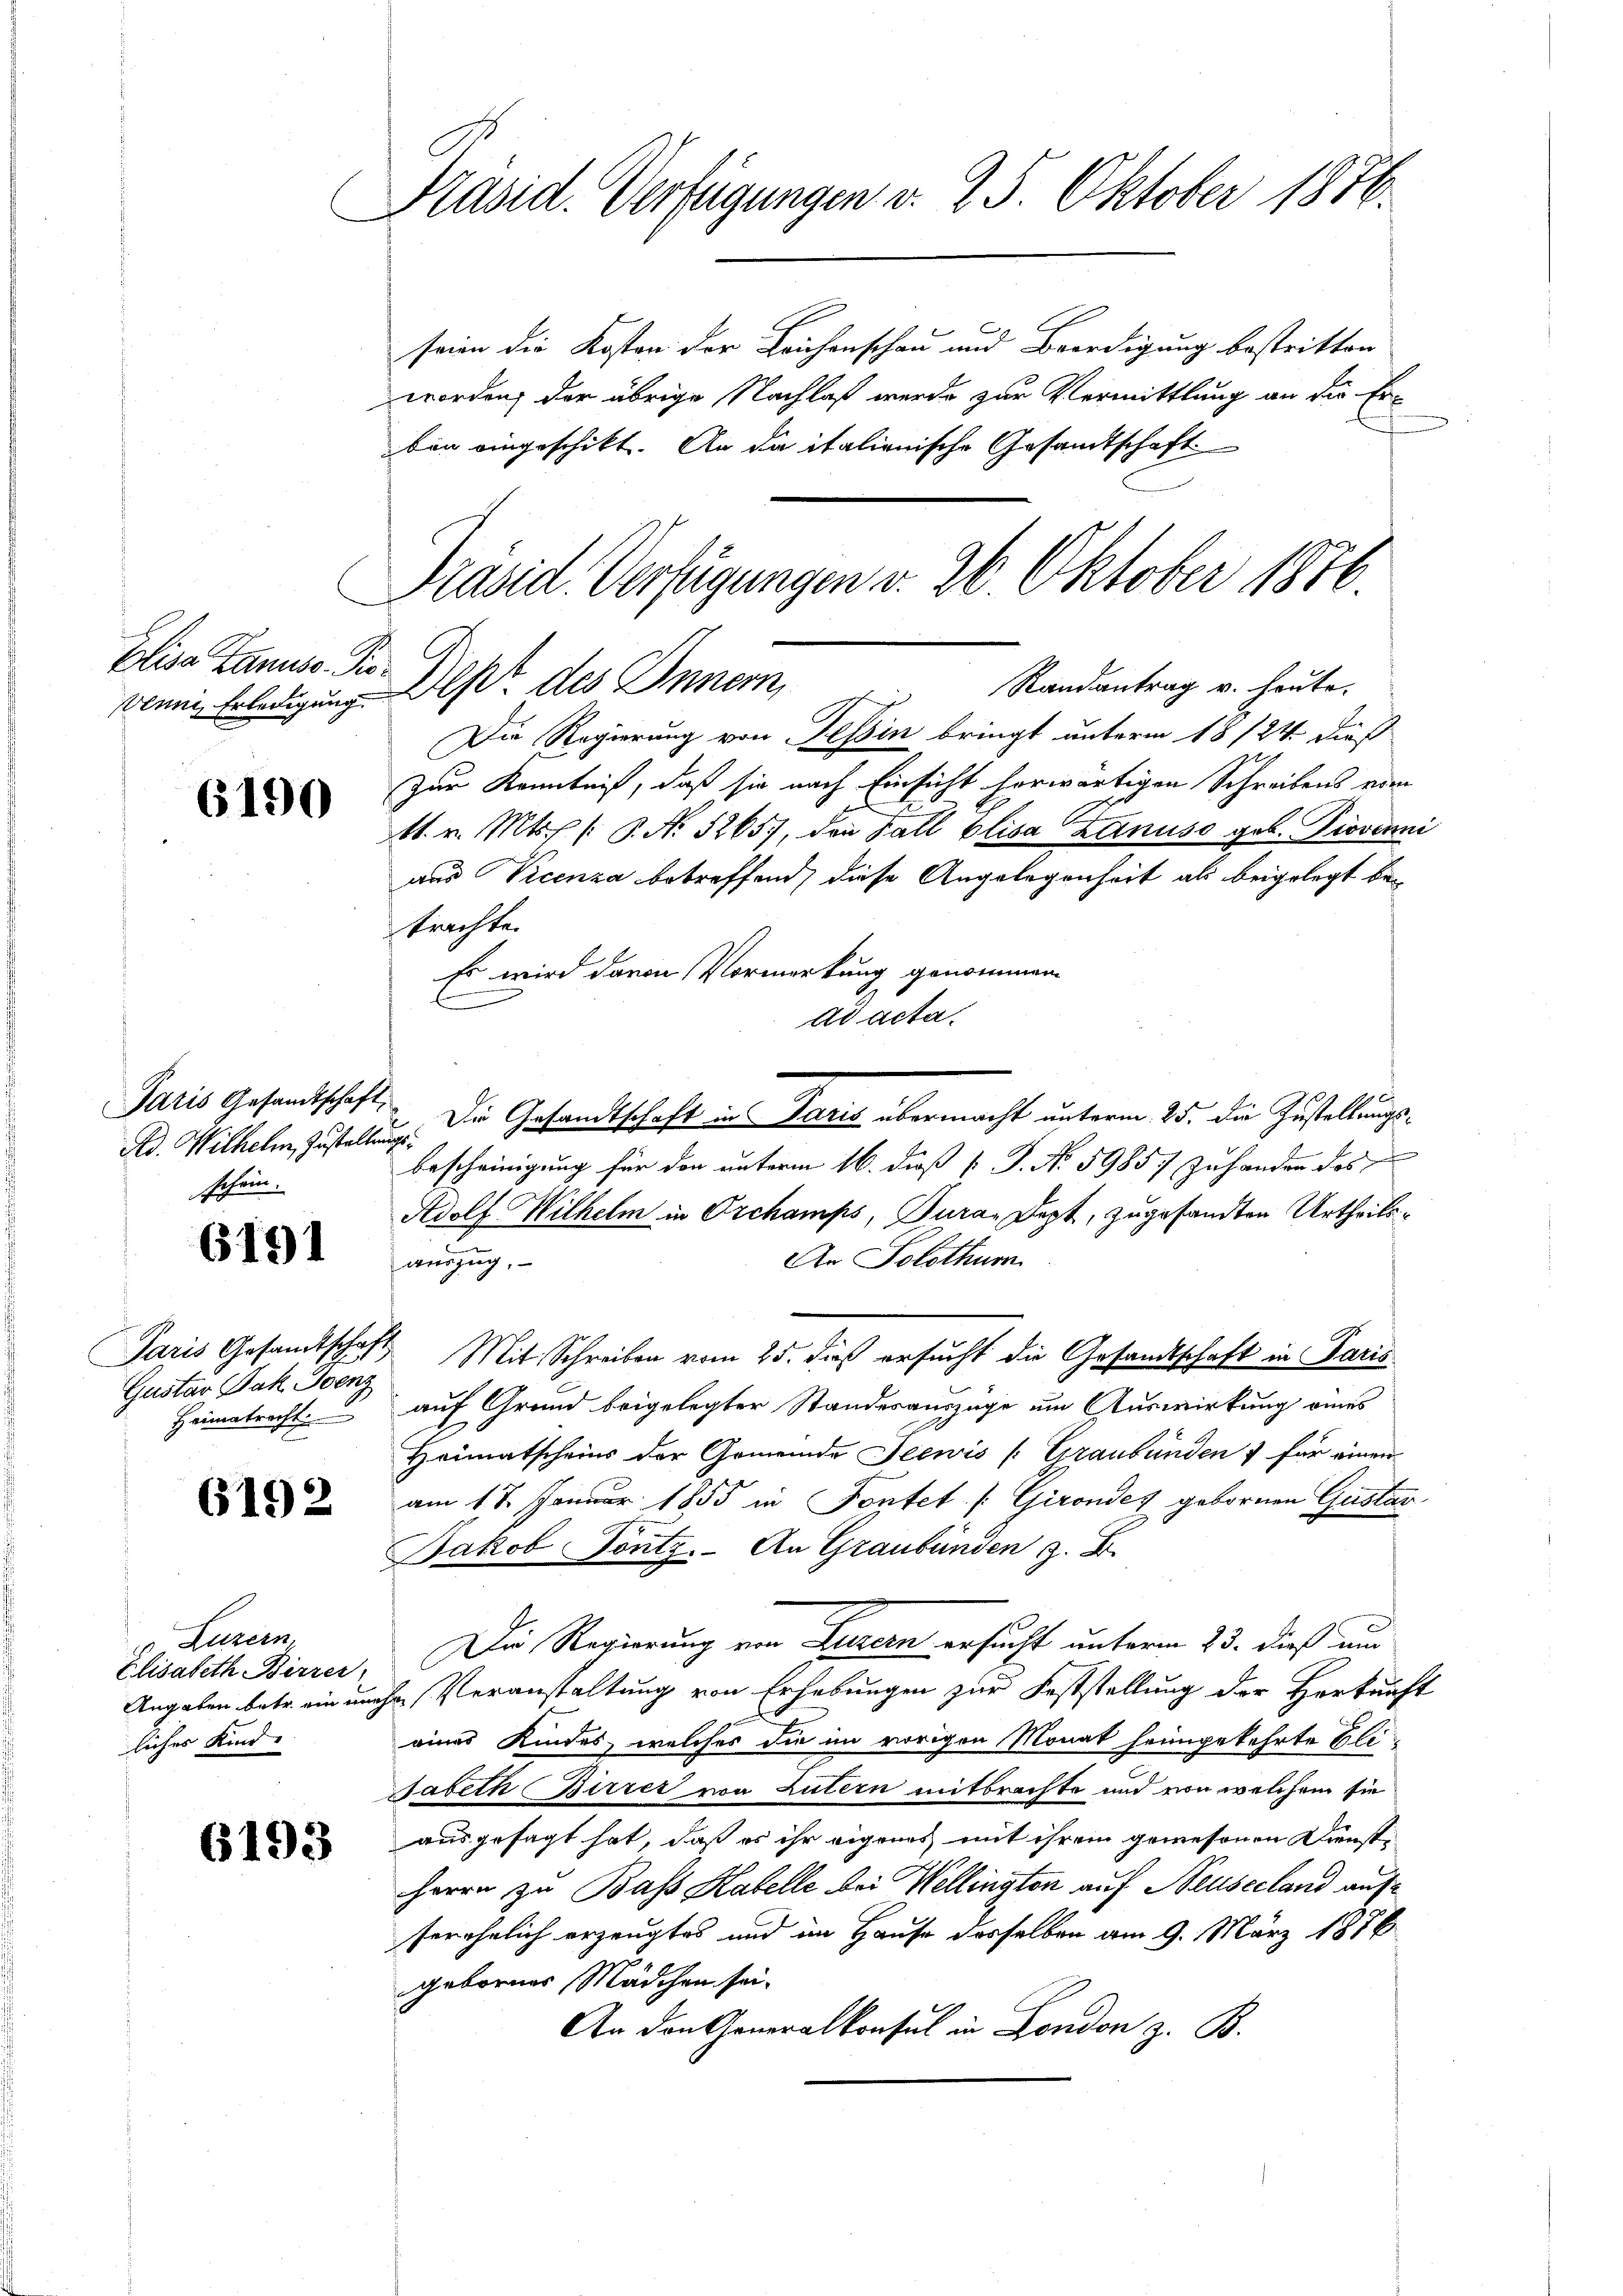
Elisa Banuss. Pro¬
Wenni, Erledigung.

6190

Paris Gesandtschaft
Ad. Wilhelm Zustellungsschein.

6191

Gustar Jak. Joenz
Heimatrecht.

6192

Luzern,
Elisabeth Birrer,
Angaben betr. ein un
liches Kind

6193

Präsid. Verfügungen v. 25. Oktober 1856.

seien die Kosten der Leichenschen und Beerdigung bestritten
worden, der übrige Nachlaß werde zur Vermittlung an die Erben eingeschikt. An da italienische Gesandtschaft
Präsid. Verfügungen v. 26. Oktober 1876.

Randantrag u. heute.
Dept. des Innern,

Die Regierung von Tessin bringt unterm 18/24. dieß
Zur Kenntniß, daß sie nach Einsicht herwärtigen Schreibens eine
4t. v. Mts. s. S. Nr. 5265), den Fall Elisa Zanuso geb. Provenni
aus Vicenza betreffend, diese Angelegenheit als beigelegt bei
trachte.
Es wird davon Vormerkung genommen
dd acta.
Die Gesandtschaft in Paris übermacht unterm 25. die Zustellungsbescheinigung für den unterm 16. dieß P. J. No. 5985/ zuhanden des
Adolf Wilhelm in Orchamps, Jura. Sept, zugesandten Urtheils¬
An Solothurn
auszug,
Paris Gesandtschaft Mit Schreiben vom 25. dieß ersucht die Gesandtschaft in Paris
auf Grund beigelegter Standesauszüge um Auswirkung eines
Heimatscheins der Gemeinde Seewis (Graubünden 7 für einen
am 18. Januar 1855 in Fontet /: Girondes gebornen Gustan
Jakob Sontz. An Graubünden 3. D
Die Regierung von Luzern ersucht unterm 23. dieß um
ihr Veranstaltung von Erhebungen zur Feststellung der Herkunft
eines Kindes, welches die im vorigen Monat heimgekehrte Gli¬
Sabeth Birrez von Lutern mitbrachte und von welchem sie
ausgesagt hat, daß es ihr eigenes mit ihrem gewesenen Dienste
Herrn zu Bass Kabelle bei Wellington auf Neuseeland aufserehelich erzeugtes und im Hause derselben am 9. März 1876
gebornes Mädchen sei¬
An den Generalkonsul in Fondon z. B.